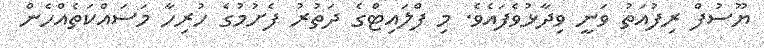
ޔޫސުފް ރިފުއަތު ވަނީ ވިދާޅުވެފައެވެ. މި ފްލައިޓްގެ ދަތުރު ފެށުމުގެ ހުރިހާ މަސައްކަތެއްހެން